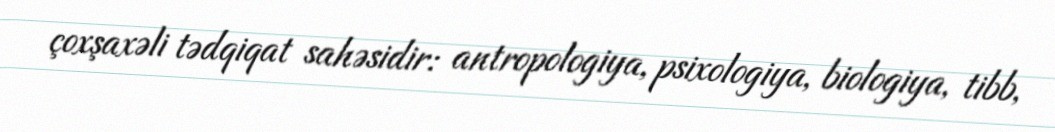
çoxşaxəli tədqiqat sahəsidir: antropologiya, psixologiya, biologiya, tibb,